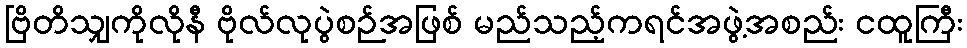
ဗြိတိသျှကိုလိုနီ ဗိုလ်လုပွဲစဉ်အဖြစ် မည်သည့်ကရင်အဖွဲ့အစည်း ငထူကြီး